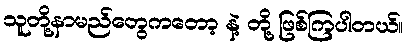
သူတို့နာမည်တွေကတော့ နဲ့ တို့ ဖြစ်ကြပါတယ်။